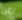
لكن